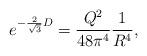
LaTeX: \begin{align*}e^{ - {2 \over \sqrt 3} D }= { Q^2 \over 48 \pi^4} {1 \over R^4},\end{align*}